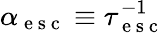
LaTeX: \alpha_{\mathrm{~e~s~c~}}\equiv\tau_{\mathrm{~e~s~c~}}^{-1}